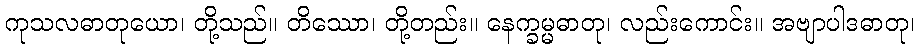
ကုသလဓာတုယော၊ တို့သည်။ တိဿော၊ တို့တည်း။ နေက္ခမ္မဓာတု၊ လည်းကောင်း။ အဗျာပါဒဓာတု၊